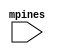
`timescale 1ns / 1ps
//////////////////////////////////////////////////////////////////////////////////
// Company: 
// Engineer: 
// 
// Design Name: 
// Module Name:    screen_buffering 
// Project Name: 
// Target Devices: 
// Tool versions: 
// Description: 
//
// Dependencies: 
//
// Revision: 
// Revision 0.01 - File Created
// Additional Comments: 
//
//////////////////////////////////////////////////////////////////////////////////
module screen_buffering(
	input mpines
    );


endmodule